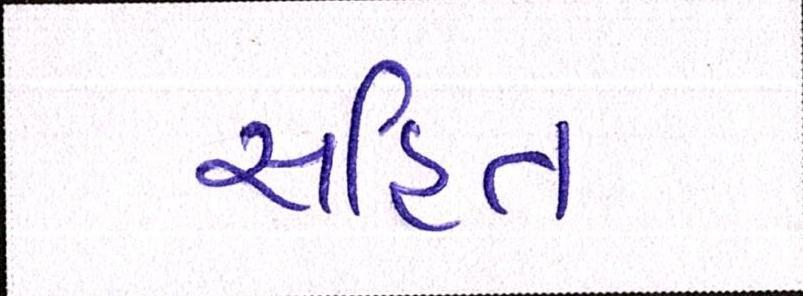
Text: સહિત